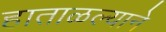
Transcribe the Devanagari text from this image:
हाताळल्याने